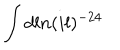
\int d l n ( i l ) ^ { - 2 4 }